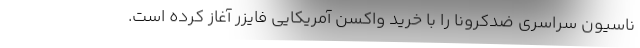
ناسیون سراسری ضدکرونا را با خرید واکسن آمریکایی فایزر آغاز کرده است.